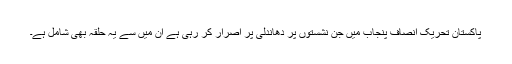
پاکستان تحریک انصاف پنجاب میں جن نشستوں پر دھاندلی پر اصرار کر رہی ہے ان میں سے یہ حلقہ بھی شامل ہے۔